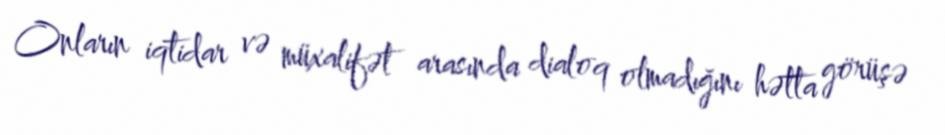
Onların iqtidar və müxalifət arasında dialoq olmadığını hətta görüşə